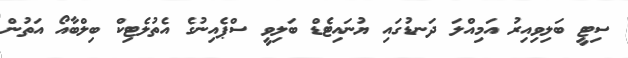
ސިޓީ ބަލިވިއިރު އަމިއްލަ ދަނޑުގައި ޔުނައިޓެޑް ބަލިވީ ސްޕެއިނުގެ އެތުލެޓިކް ބިލްބާއޯ އަތުން